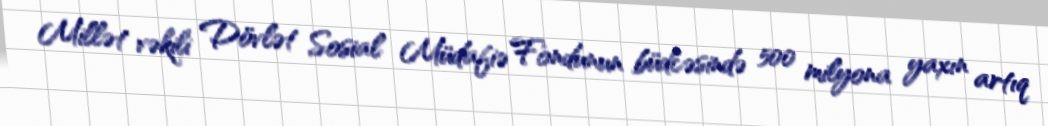
Millət vəkili Dövlət Sosial Müdafiə Fondunun büdcəsində 500 milyona yaxın artıq